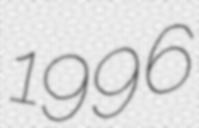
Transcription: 1996